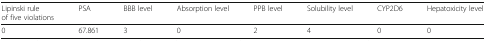
| Lipinski rule of five violations | PSA | BBB level | Absorption level | PPB level | Solubility level | CYP2D6 | Hepatoxicity level |
 | --- | --- | --- | --- | --- | --- | --- | --- |
 | 0 | 67.861 | 3 | 0 | 2 | 4 | 0 | 0 |